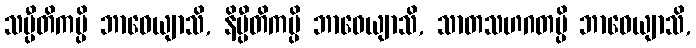
သပ္ပီတိကမ္ပိ ဘာဝေယျာသိ, နိပ္ပီတိကမ္ပိ ဘာဝေယျာသိ, သာတသဟဂတမ္ပိ ဘာဝေယျာသိ,